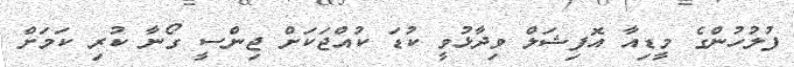
ފުލުހުންގެ މީޑިއާ އޮފިޝަލް ވިދާޅުވީ ކުޑަ ކުއްޖަކަށް ޖިންސީ ގޯނާ ކުރި ކަމަށް